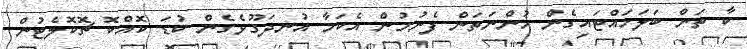
ކާ ތަން ބަލަހައްޓައިގެން ހުންނަތަން ފެނުމުން އެކަމާ އުނދަގޫވެގެން ކުޑަ ކޮއްކޮ ޗޮކޮޮލެޓުން